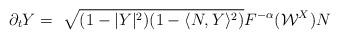
LaTeX: \begin{align*} \partial_tY=~\sqrt{(1-|Y|^2)(1-\langle N,Y\rangle^2)}F^{-\alpha}(\mathcal{W}^X) N\end{align*}